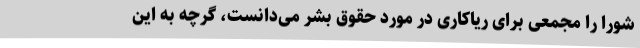
شورا را مجمعی برای ریاکاری در مورد حقوق بشر می‌دانست، گرچه به این